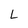
Character: L